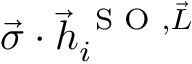
\vec { \boldsymbol { \sigma } } \cdot \vec { h } _ { i } ^ { \, \textrm { S O } , \vec { L } }